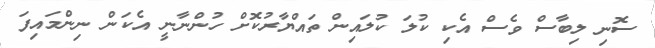
ސޮނި ލިބާސް ވެސް އެކި ކުލަ ކުލައިން ތައްޔާރުކޮށް ހުންނާނީ އެކަން ނިންމައިފަ